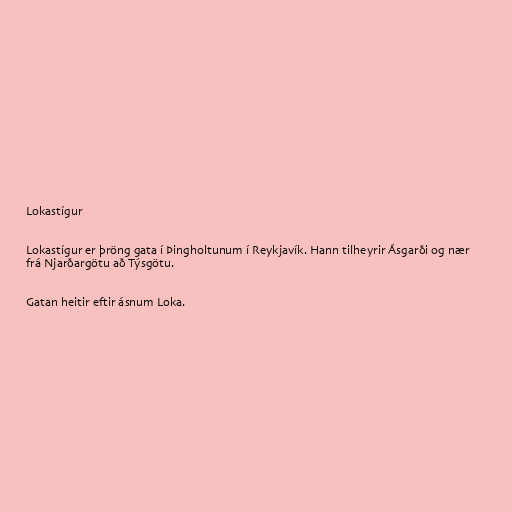
Lokastígur

Lokastígur er þröng gata í Þingholtunum í Reykjavík. Hann tilheyrir Ásgarði og nær
frá Njarðargötu að Týsgötu.

Gatan heitir eftir ásnum Loka.